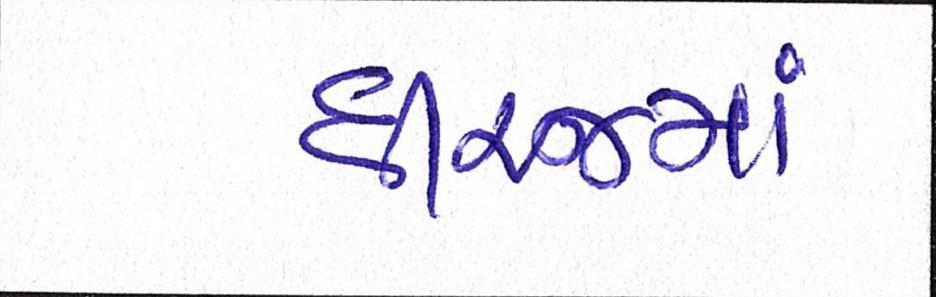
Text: ધીરજમાં